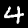
Label: 4